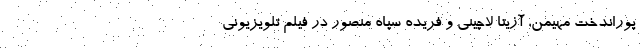
پوراندخت مهیمن، آزیتا لاچینی و فریده سپاه منصور در فیلم تلویزیونی